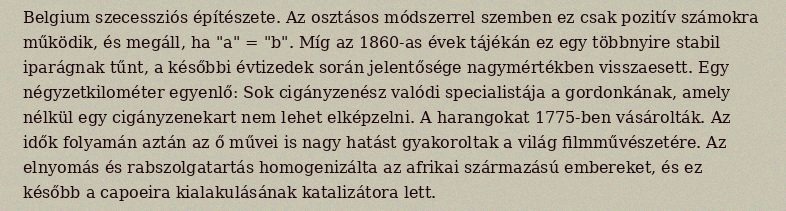
Belgium szecessziós építészete. Az osztásos módszerrel szemben ez csak pozitív számokra működik, és megáll, ha "a" = "b". Míg az 1860-as évek tájékán ez egy többnyire stabil iparágnak tűnt, a későbbi évtizedek során jelentősége nagymértékben visszaesett. Egy négyzetkilométer egyenlő: Sok cigányzenész valódi specialistája a gordonkának, amely nélkül egy cigányzenekart nem lehet elképzelni. A harangokat 1775-ben vásárolták. Az idők folyamán aztán az ő művei is nagy hatást gyakoroltak a világ filmművészetére. Az elnyomás és rabszolgatartás homogenizálta az afrikai származású embereket, és ez később a capoeira kialakulásának katalizátora lett.